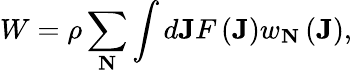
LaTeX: W=\rho\sum_{\mathbf{N}}\int d\mathbf{J}F\left(\mathbf{J}\right)w_{\mathbf{N}}\left(\mathbf{J}\right),